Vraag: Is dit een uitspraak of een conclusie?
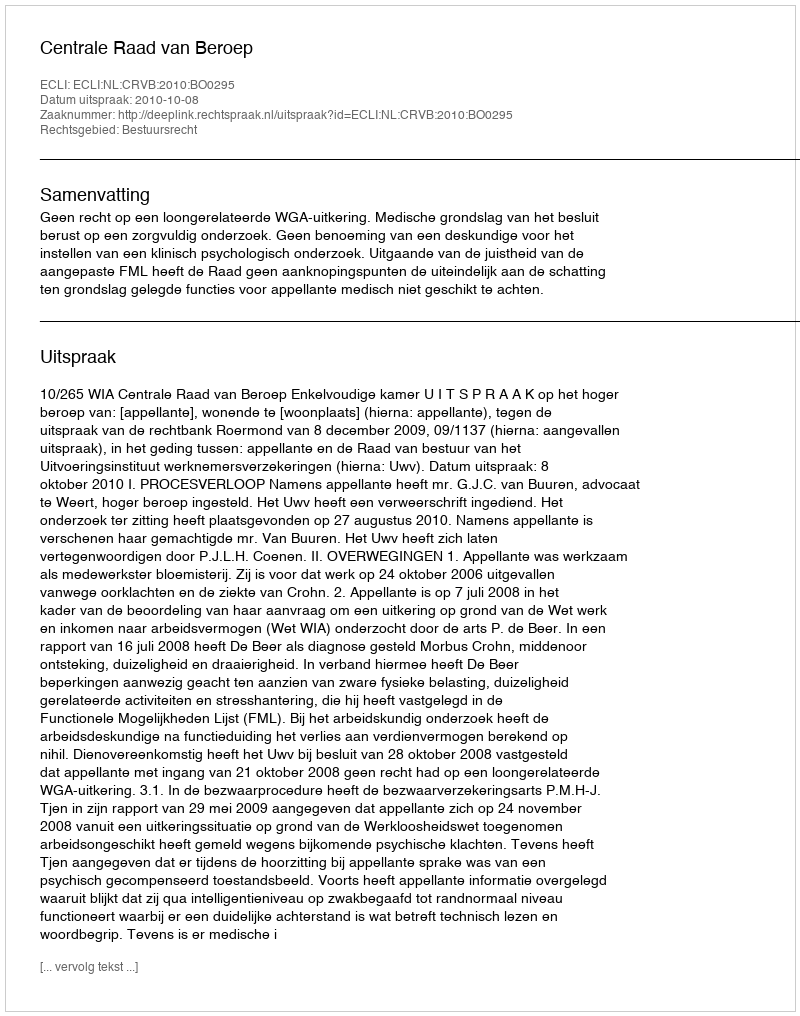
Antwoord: Uitspraak